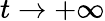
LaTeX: t\to+\infty